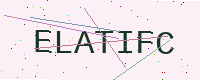
Text: ELATIFC